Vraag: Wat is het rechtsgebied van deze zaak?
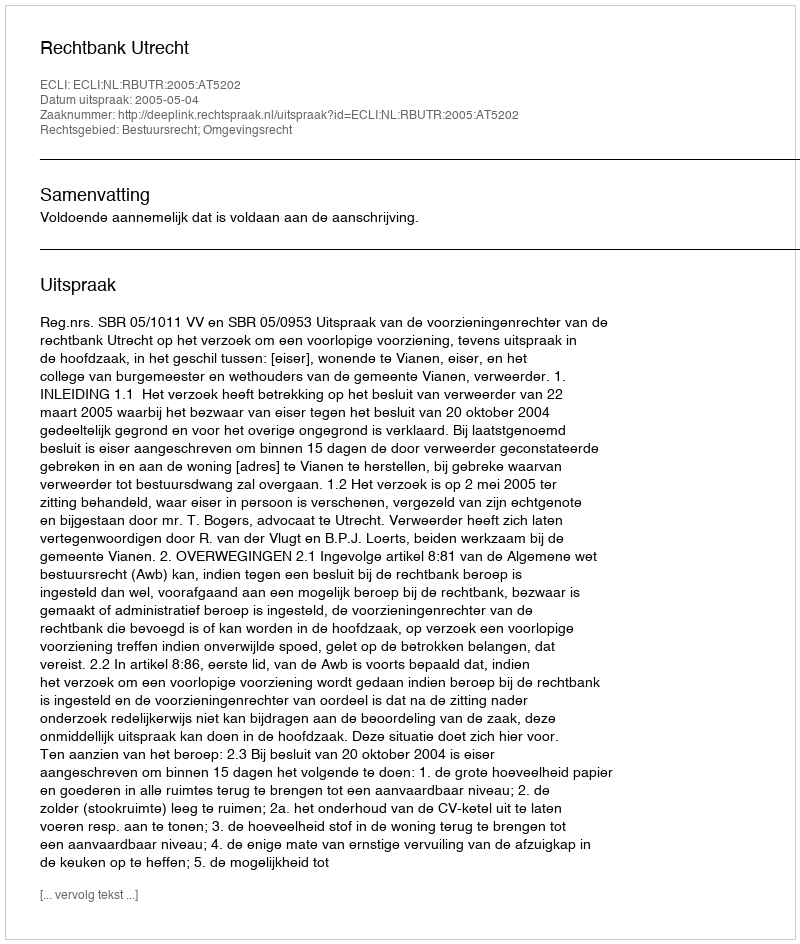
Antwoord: Bestuursrecht; Omgevingsrecht